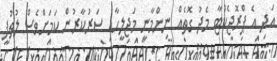
އަދި އެ ޕްރޮޖެކްޓާ މެދު ގޮތެއް ނިންމާނީ މަޖިލީހާއި ސަރުކާރުން ކަމަށްވެސް ލުތުފީ